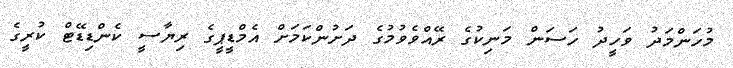
މުހަންމަދު ވަހީދު ހަސަން މަނިކުގެ ރޭއްވެވުމުގެ ދަށުންކަމަށް އެމްޑީޕީގެ ރިޔާސީ ކެންޑިޑޭޓް ކުރީގެ